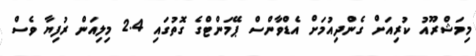
މިމަޝްރޫއު ކުރިއަށް ގެންދިއުމަށް އެޑްވާންސް ޕޭމަންޓްގެ ގޮތުގައި 2.4 މިލިއަން ރުފިޔާ ވެސް